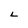
Character: L